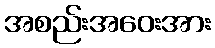
အစည်းအဝေးအား